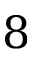
8